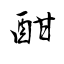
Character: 酣